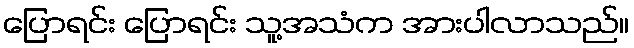
ပြောရင်း ပြောရင်း သူ့အသံက အားပါလာသည်။